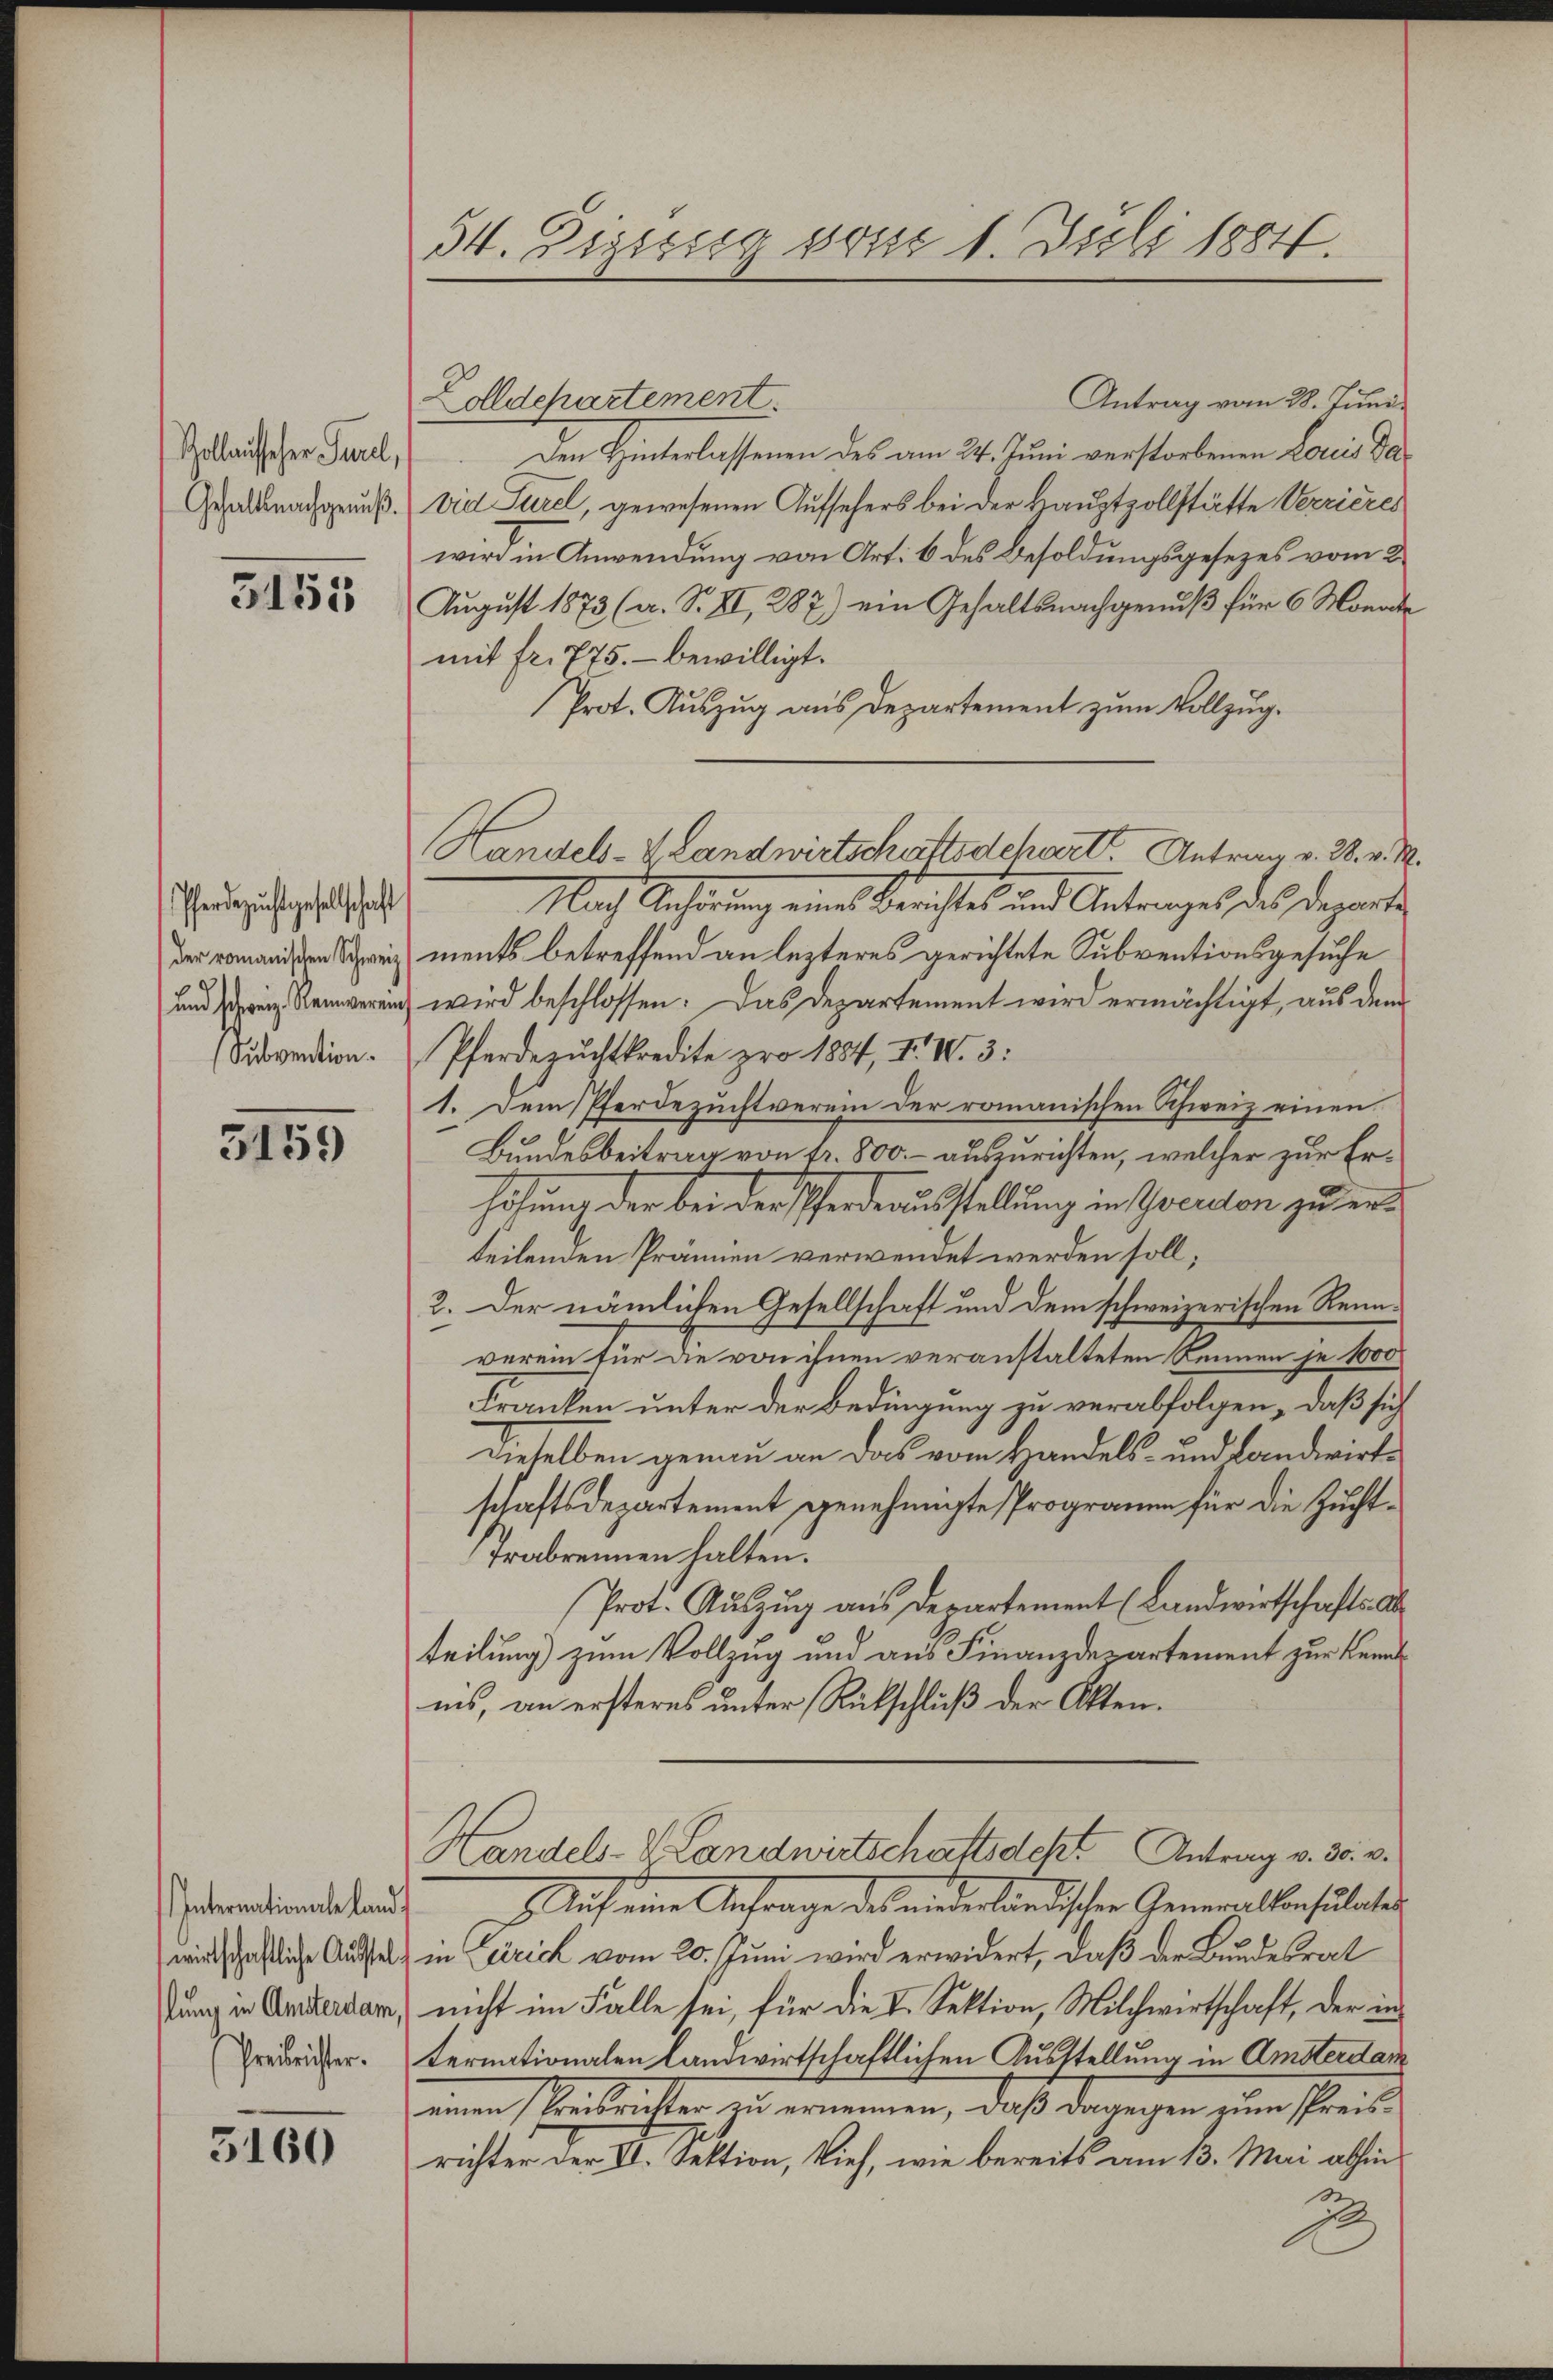
Zollnitscher Purel,
Gehaltsnachgenuß.

3155

Pferdezuchtgesellschaft
der romanischen Schweiz
und schweiz. Reinverein
(Subvention.

5159

Internationale land.
wirtschaftliche Ausstellung in Ansterdam
Preisrichter.

3160

54. Eigissig vom 1. Juli 1884.

Antrag vom 28. Juni
Zolldepartement.
Den Hinterlassenen des am 24. Juni verstorbenen Louis david Sarel, gewesenen Aufsehers bei der Hauptzollstätte Verrieres
wird in Anwendung von Art. 6 des Besoldungsgesezes vom 2.
August 1873 (a. S. II, 287) ein Gehaltsnachgenuß für 6 Monatmit fr. 775. - bewilligt.
Prot. Aŭszŭg aŭs Departement zŭm Vollzug.
Handels-Zlandwirtschaftsdchart. Antrag v. 3. v. M.
Nach Anhörung eines Berichtes und Antrages des Departe
ments betreffend an lezteres gerichtete Subventionsgesuche
wird beschlossen: Das Departement wird ermächtigt, aus dem
Pferdezŭchtkredite pro 1884, II. IV. 3:
1. Dem Pferdezuchtverein der romanischen Schweiz einen
Bundesbeitrag von fr. 800. – auszurichten, welcher zur Erhöhung der bei der Pferdeausstellung in verlon zu erteilenden Prämien verwendet werden soll;
2. Der nämlichen Gesellschaft und dem schweizerischen Rennverein für de von ihnen veranstalteten Rennen je 1000
Franken unter der Bedingung zu verabfolgen, daß sich
dieselben genau an das vom Handels- und Landwirtschaftsdepartement genehmigte Programm für die Zuchttrabrennen halten.
Prot. Aŭszŭg aŭs Departement (Landwirtschafts ab
teilung) zum Vollzug und aus Finanzdepartement zur Kenntins, an ersteres unter Rückschluß der Akten.
Handels-V Landwirtschaftsdeckt. Antrag v. 30. v.
 Auch eine Antrage des niederländischen Generalkonsulati
in Zürich vom 20. Juni wird erwidert, daß der Bundesrat
nicht im Falle sei, für die I. Sektion, Milchwirtschaft, der in
ternationalen landwirtschaftlichen Ausstellung in Amsterdam
einen Kreisrichter zu ernennen, daß dagegen zum Preisrichter der VI. Sektion, tief, wie bereits am 13. Mai abhin
2